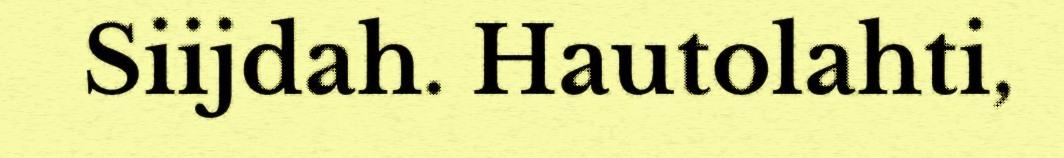
Siijdah. Hautolahti,